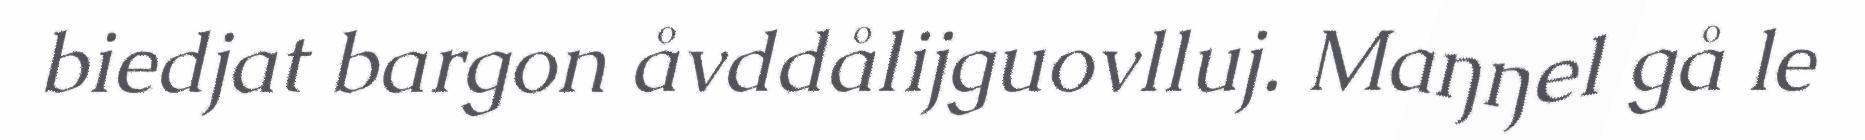
biedjat bargon åvddålijguovlluj. Maŋŋel gå le